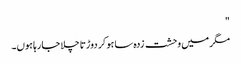
"
مگر میں وحشت زدہ سا ہو کر دوڑتا چلا جا رہا ہوں۔